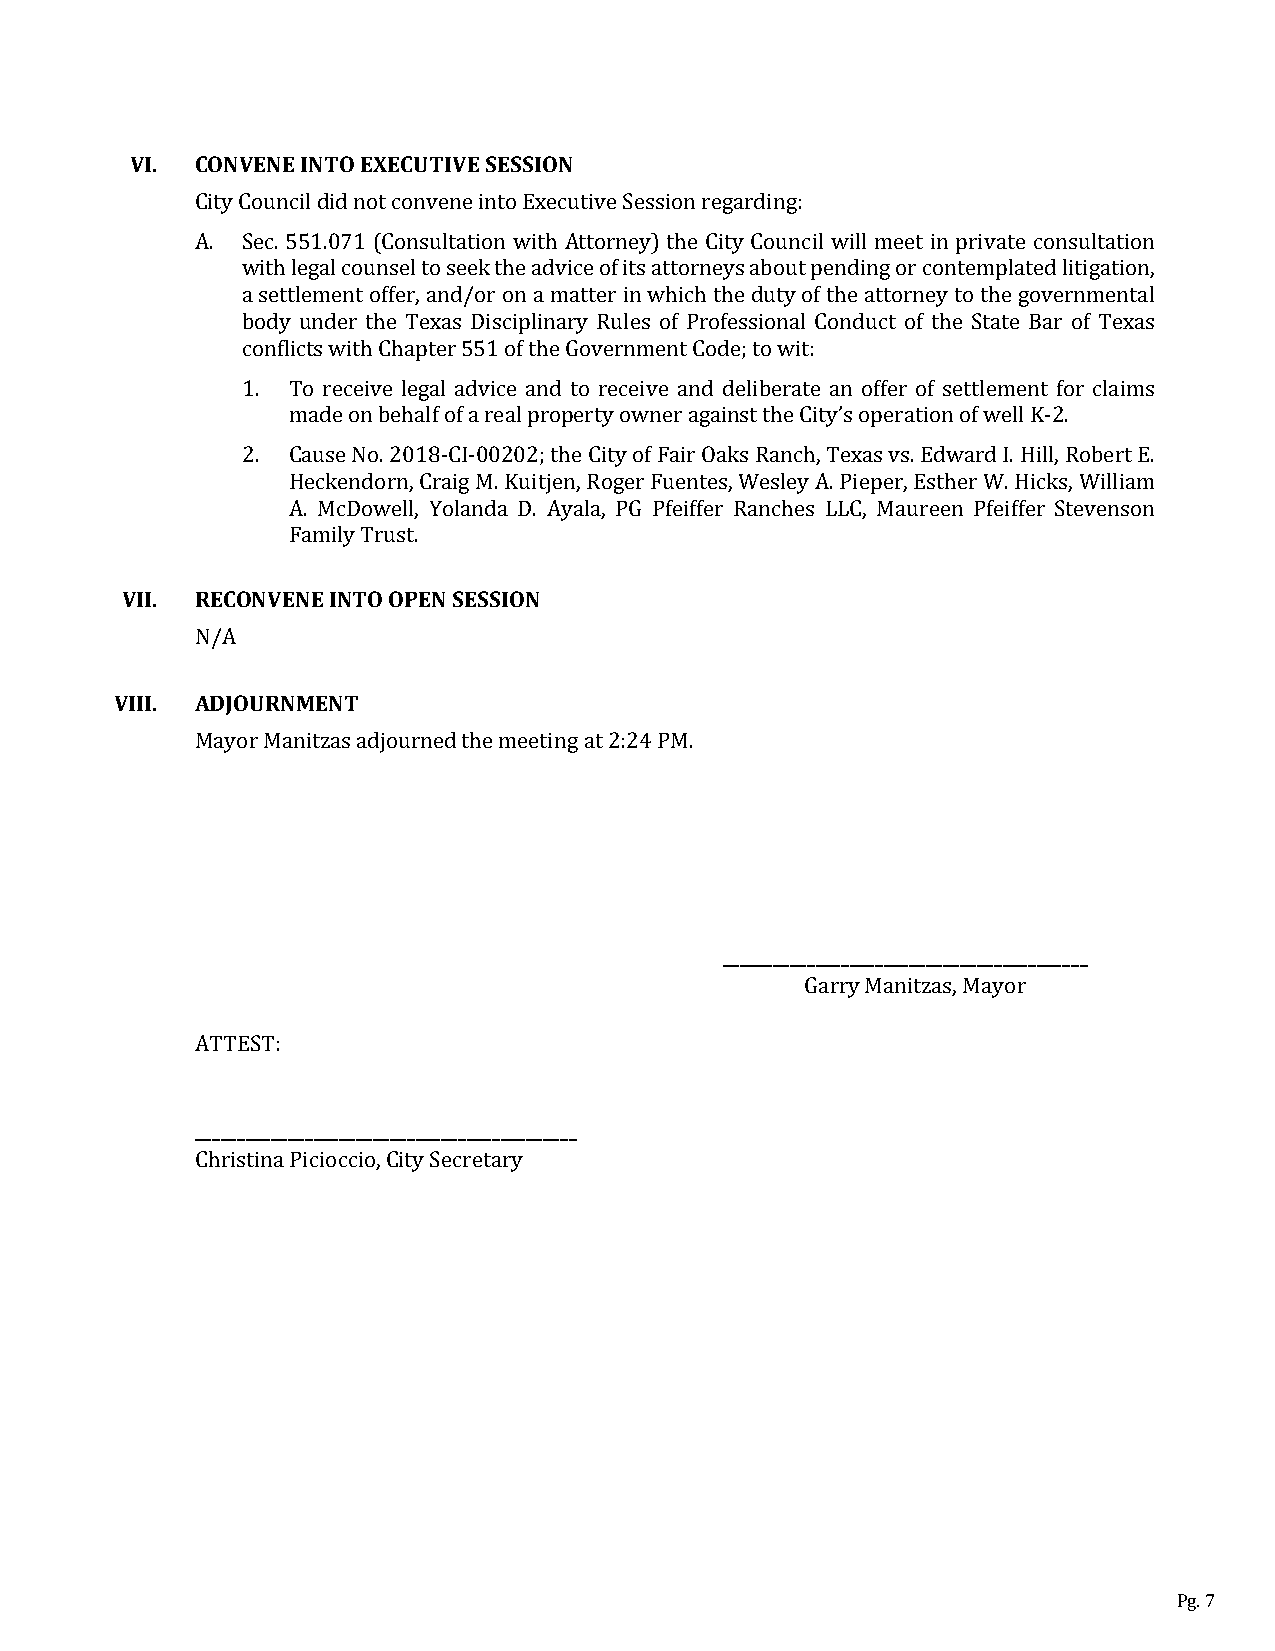
VI. CONVENE INTO EXECUTIVE SESSION
 City Council did not convene into Executive Session regarding:
 A. Sec. 551.071 (Consultation with Attorney) the City Council will meet in private consultation
 with legal counsel to seek the advice of its attorneys about pending or contemplated litigation,
 a settlement offer, and/or on a matter in which the duty of the attorney to the governmental
 body under the Texas Disciplinary Rules of Professional Conduct of the State Bar of Texas
 conflicts with Chapter 551 of the Government Code; to wit:
 1. To receive legal advice and to receive and deliberate an offer of settlement for claims
 made on behalf of a real property owner against the City’s operation of well K-2.
 2. Cause No. 2018-CI-00202; the City of Fair Oaks Ranch, Texas vs. Edward I. Hill, Robert E.
 Heckendorn, Craig M. Kuitjen, Roger Fuentes, Wesley A. Pieper, Esther W. Hicks, William
 A. McDowell, Yolanda D. Ayala, PG Pfeiffer Ranches LLC, Maureen Pfeiffer Stevenson
 Family Trust.
 VII. RECONVENE INTO OPEN SESSION
 N/A
 VIII. ADJOURNMENT
 Mayor Manitzas adjourned the meeting at 2:24 PM.
 ___________________________________________
 Garry Manitzas, Mayor
 ATTEST:
 _____________________________________________
 Christina Picioccio, City Secretary
 Pg. 7